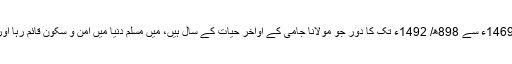
گویا اِن ادوارِ حکومت سے معلوم ہوتا ہے کہ 873ھ/ 1469ء سے 898ھ/ 1492ء تک کا دور جو مولانا جامی کے اواخر حیات کے سال ہیں، میں مسلم دنیا میں امن و سکون قائم رہا اور مولانا جامی کو ایک بہترین سیاسی ماحول میسر رہا۔